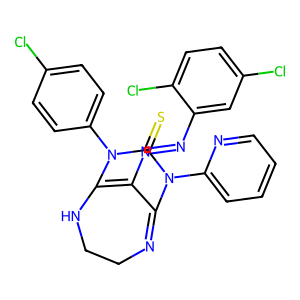
SMILES: S=C1N(c2ccc(Cl)cc2)C2=C(N=Nc3cc(Cl)ccc3Cl)C(=NCCN2)N1c1ccccn1
Inhibits HIV replication: No